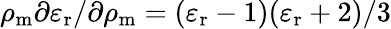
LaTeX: \rho_{\mathrm{m}}\partial\varepsilon_{\mathrm{r}}/\partial\rho_{\mathrm{m}}=(\varepsilon_{\mathrm{r}}-1)(\varepsilon_{\mathrm{r}}+2)/3